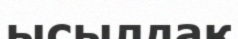
ысылдақ